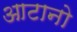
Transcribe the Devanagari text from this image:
आटानो